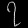
Digit: ၇